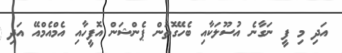
އަދި މި ފީ ނަގާނެ އުސޫލަކާއި ބެހޭގޮތުން ޕެންޝަން އޮފީހާއި އެމްއެމްއޭ އަދި